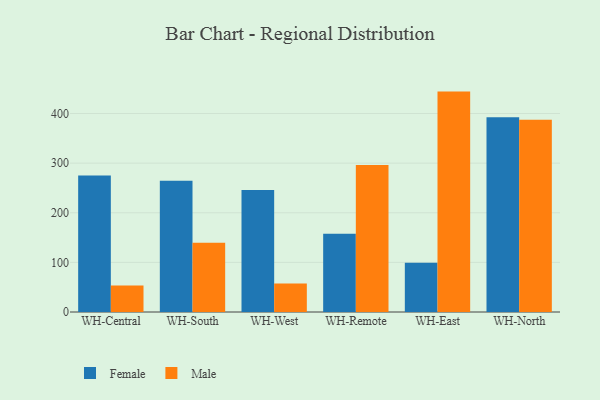
{"axis": {"x": "Warehouse", "y": "Page Views"}, "legend": ["Female", "Male"], "data": [{"x": "WH-Central", "y": 275.0, "type": "Female"}, {"x": "WH-Central", "y": 53.3, "type": "Male"}, {"x": "WH-South", "y": 264.3, "type": "Female"}, {"x": "WH-South", "y": 139.4, "type": "Male"}, {"x": "WH-West", "y": 245.9, "type": "Female"}, {"x": "WH-West", "y": 57.4, "type": "Male"}, {"x": "WH-Remote", "y": 157.9, "type": "Female"}, {"x": "WH-Remote", "y": 296.5, "type": "Male"}, {"x": "WH-East", "y": 99.3, "type": "Female"}, {"x": "WH-East", "y": 444.2, "type": "Male"}, {"x": "WH-North", "y": 392.5, "type": "Female"}, {"x": "WH-North", "y": 387.5, "type": "Male"}]}